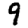
Digit: 9